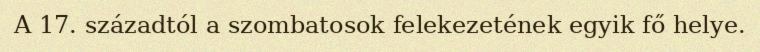
A 17. századtól a szombatosok felekezetének egyik fő helye.